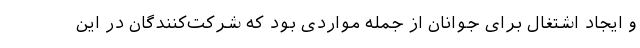
و ایجاد اشتغال برای جوانان از جمله مواردی بود که شرکت‌کنندگان در این